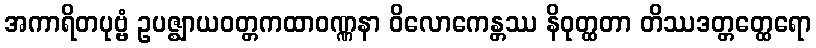
အကာရိတပုဗ္ဗံ ဥပဇ္ဈာယဝတ္တကထာဝဏ္ဏနာ ဝိလောကေန္တဿ နိဝုတ္ထတာ တိဿဒတ္တတ္ထေရော